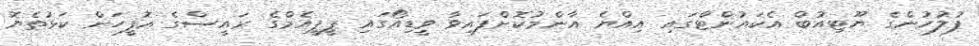
ފުލުހުންގެ ޔޫޓިއުބް އެކައުންޓްގައި އިއްޔެ އާންމުކޮށްފައިވާ ވީޑިއޯގައި ޕީޕީއެމްގެ ރައީސްގެ އޮފީހަށް ކަޅުތެޔޮ